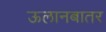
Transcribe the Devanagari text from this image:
ऊलानबातर